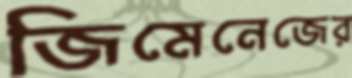
জিমেনেজের